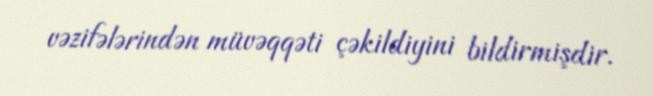
vəzifələrindən müvəqqəti çəkildiyini bildirmişdir.